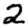
Digit: 2